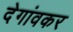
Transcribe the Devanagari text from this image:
देगांवकर